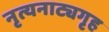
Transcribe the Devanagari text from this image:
नृत्यनाट्यगृह